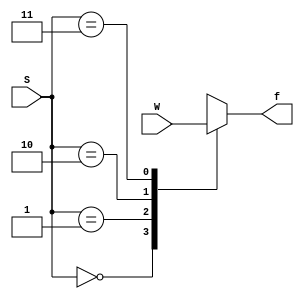
module mux4to1_case(W, S, f);
    input [0:3] W;
    input [1:0] S;
    output f;
    reg f;

    always @ (W or S)
        case (S)
          0: f = W[0];
          1: f = W[1];
          2: f = W[2];
          3: f = W[3];
        endcase

endmodule